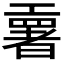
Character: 𫶳